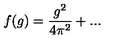
f ( g ) = \frac { g ^ { 2 } } { 4 \pi ^ { 2 } } + . . .